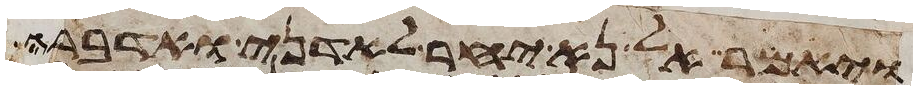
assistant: ויאמר אל נא יחר לאדני ואדברה